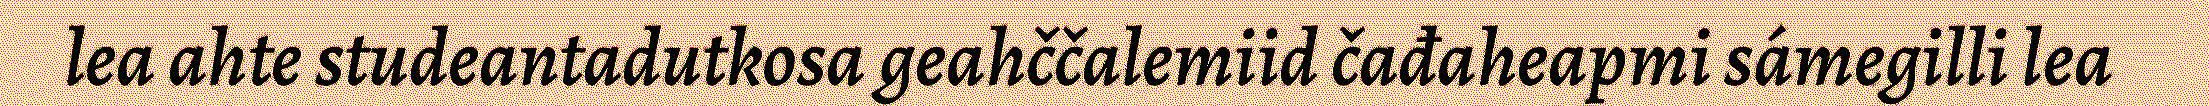
lea ahte studeantadutkosa geahččalemiid čađaheapmi sámegilli lea